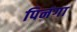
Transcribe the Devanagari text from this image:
पिनंगा